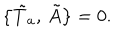
\bigl \{ \tilde { T } _ { a } , \, \tilde { A } \bigr \} = 0 .